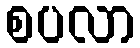
စပလာ